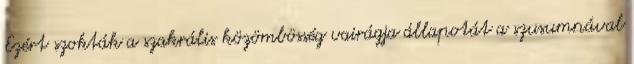
Ezért szokták a szakrális közömbösség vairágja állapotát a szusumnával